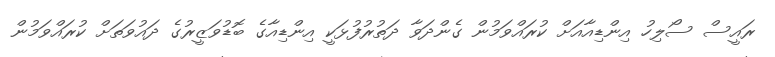
ރައީސް ސޯލިހު އިންޑިއާއަށް ކުރައްވަމުން ގެންދަވާ ދަތުރުފުޅަކީ އިންޑިއާގެ ބޮޑުވަޒީރުގެ ދައުވަތަށް ކުރައްވަމުން